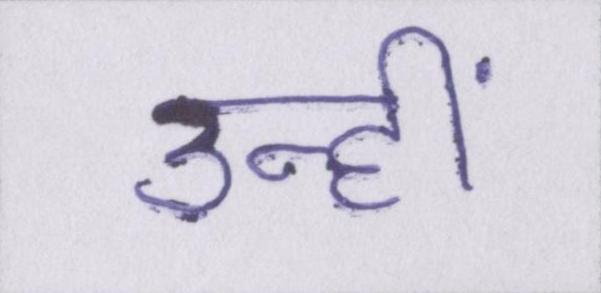
उन्हीं